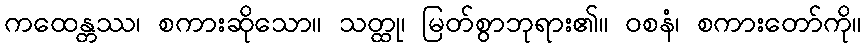
ကထေန္တဿ၊ စကားဆိုသော။ သတ္ထု၊ မြတ်စွာဘုရား၏။ ဝစနံ၊ စကားတော်ကို။